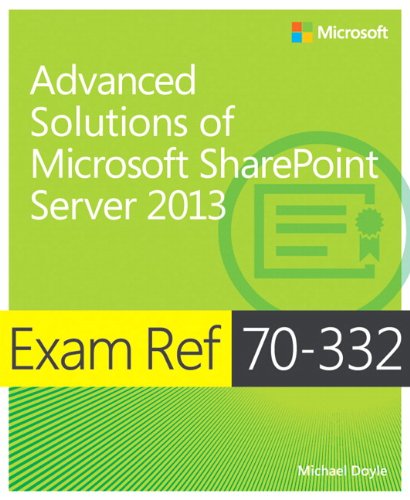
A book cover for Exam Ref 70-332 Advanced Solutions of Microsoft SharePoint Server 2013 (MCSE); Michael Doyle; Computers & Technology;